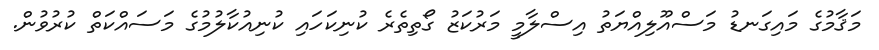
މަޤާމުގެ މައިގަނޑު މަސްއޫލިއްޔަތު އިސްލާމީ މަރުކަޒު ގޯތިތެރެ ކުނިކަހައި ކުނިއުކާލުމުގެ މަސައްކަތް ކުރުވުން.